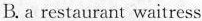
B.a restaurant waitress